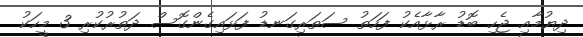
ދިޔުމާއި ޖެހި ބޮޑު ރާޅާއެކު ފަހަތު ސަތަރިގަނޑު ފަޅައިގެންގޮސް ދަތުރުކުރި 3 މީހަކު